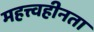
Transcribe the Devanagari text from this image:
महत्त्वहीनता